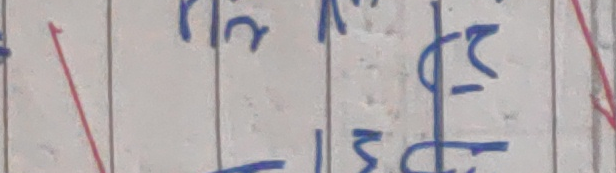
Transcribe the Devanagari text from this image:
विष्म रु
विइ द्यौ